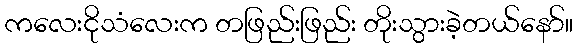
ကလေးငိုသံလေးက တဖြည်းဖြည်း တိုးသွားခဲ့တယ်နော်။